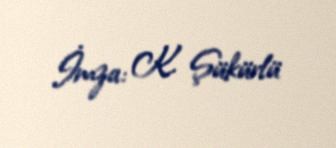
İmza: K. Şükürlü